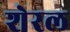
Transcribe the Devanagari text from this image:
शेरल